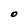
Character: O